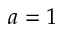
a = 1